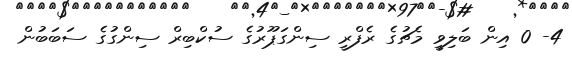
4- 0 އިން ބަލިވީ މެޗުގެ ރެފްރީ ސިންގަޕޫރުގެ ސުކްބިރް ސިންގުގެ ސަބަބުން